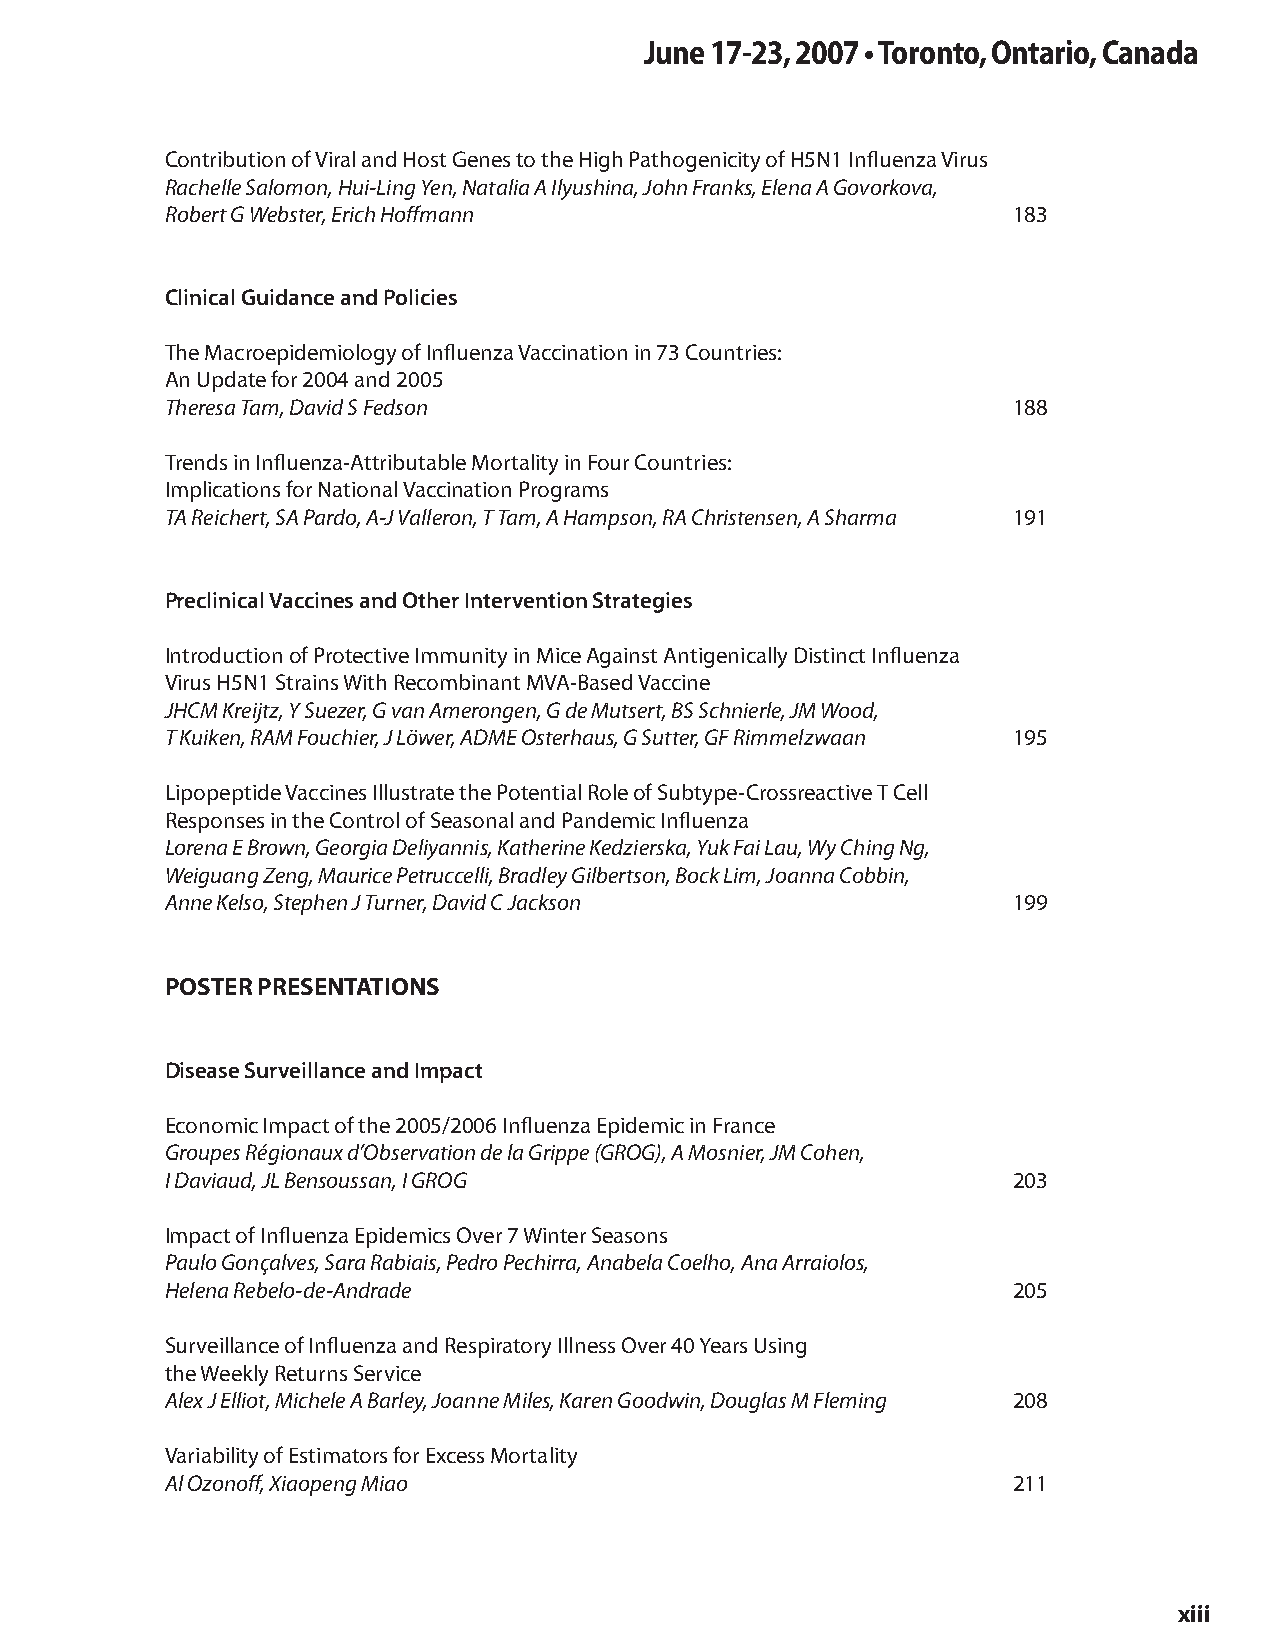
June 17-23, 2007 • Toronto, Ontario, Canada
 Contribution of Viral and Host Genes to the High Pathogenicity of H5N1 Influenza Virus
 Rachelle Salomon, Hui-Ling Yen, Natalia A Ilyushina, John Franks, Elena A Govorkova,
 Robert G Webster, Erich Hoffmann                        183
 Clinical Guidance and Policies
 The Macroepidemiology of Influenza Vaccination in 73 Countries:
 An Update for 2004 and 2005
 Theresa Tam, David S Fedson                             188
 Trends in Influenza-Attributable Mortality in Four Countries:
 Implications for National Vaccination Programs
 TA Reichert, SA Pardo, A-J Valleron, T Tam, A Hampson, RA Christensen, A Sharma 191
 Preclinical Vaccines and Other Intervention Strategies
 Introduction of Protective Immunity in Mice Against Antigenically Distinct Influenza
 Virus H5N1 Strains With Recombinant MVA-Based Vaccine
 JHCM Kreijtz, Y Suezer, G van Amerongen, G de Mutsert, BS Schnierle, JM Wood,
 T Kuiken, RAM Fouchier, J Löwer, ADME Osterhaus, G Sutter, GF Rimmelzwaan 195
 Lipopeptide Vaccines Illustrate the Potential Role of Subtype-Crossreactive T Cell
 Responses in the Control of Seasonal and Pandemic Influenza
 Lorena E Brown, Georgia Deliyannis, Katherine Kedzierska, Yuk Fai Lau, Wy Ching Ng,
 Weiguang Zeng, Maurice Petruccelli, Bradley Gilbertson, Bock Lim, Joanna Cobbin,
 Anne Kelso, Stephen J Turner, David C Jackson           199
 PoSteR PReSentAtIonS
 Disease Surveillance and Impact
 Economic Impact of the 2005/2006 Influenza Epidemic in France
 Groupes Régionaux d’Observation de la Grippe (GROG), A Mosnier, JM Cohen,
 I Daviaud, JL Bensoussan, I GROG                        203
 Impact of Influenza Epidemics Over 7 Winter Seasons
 Paulo Gonçalves, Sara Rabiais, Pedro Pechirra, Anabela Coelho, Ana Arraiolos,
 Helena Rebelo-de-Andrade                                205
 Surveillance of Influenza and Respiratory Illness Over 40 Years Using
 the Weekly Returns Service
 Alex J Elliot, Michele A Barley, Joanne Miles, Karen Goodwin, Douglas M Fleming 208
 Variability of Estimators for Excess Mortality
 Al Ozonoff, Xiaopeng Miao                               211
 xiii